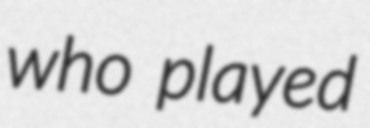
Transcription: who played